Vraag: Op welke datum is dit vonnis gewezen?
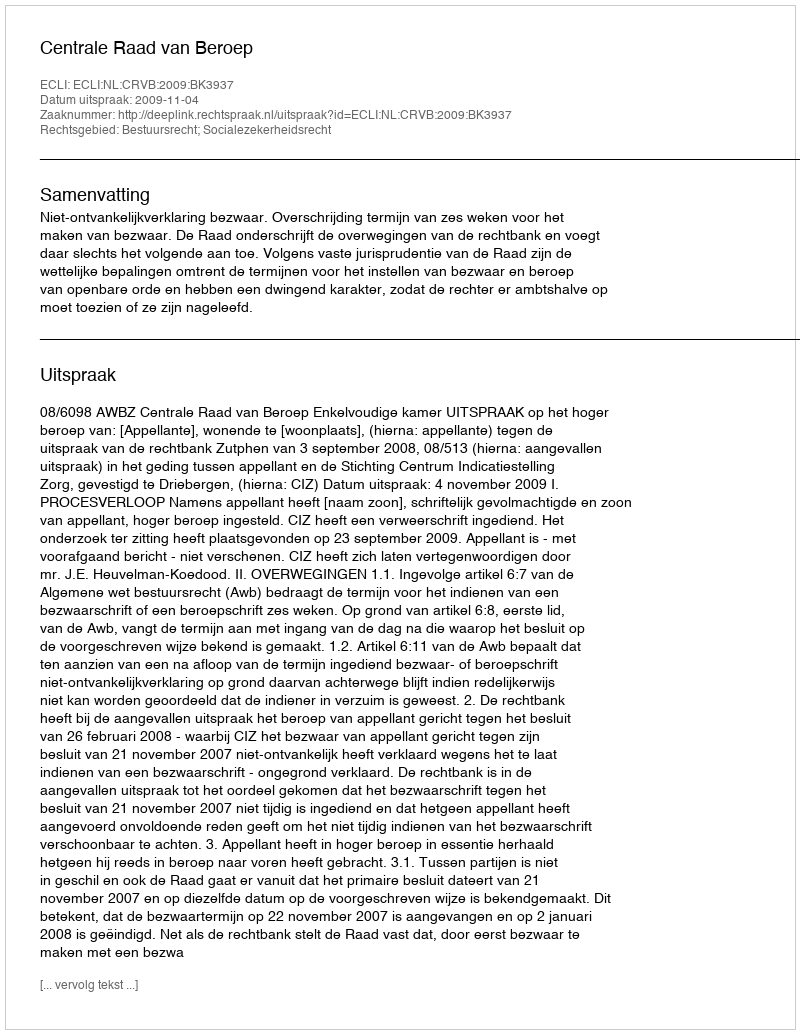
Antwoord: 2009-11-04